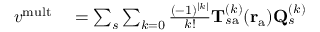
\begin{array} { r l } { { v } ^ { \mathrm { m u l t } } } & { { } = \sum _ { s } \sum _ { k = 0 } \frac { ( - 1 ) ^ { | k | } } { k ! } { \mathbf { T } } _ { s \mathrm { a } } ^ { ( k ) } ( \mathbf { r } _ { \mathrm { a } } ) \mathbf { Q } _ { s } ^ { ( k ) } } \end{array}